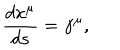
\frac { d x ^ { \mu } } { d s } = \gamma ^ { \mu } ,